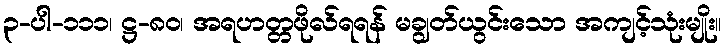
၃-ပါ-၁၁၁၊ ဋ္ဌ-၈၀၊ အရဟတ္တဖိုလ်ရရန် မချွတ်ယွင်းသော အကျင့်သုံးမျိုး။